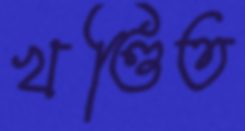
খণ্ডিত